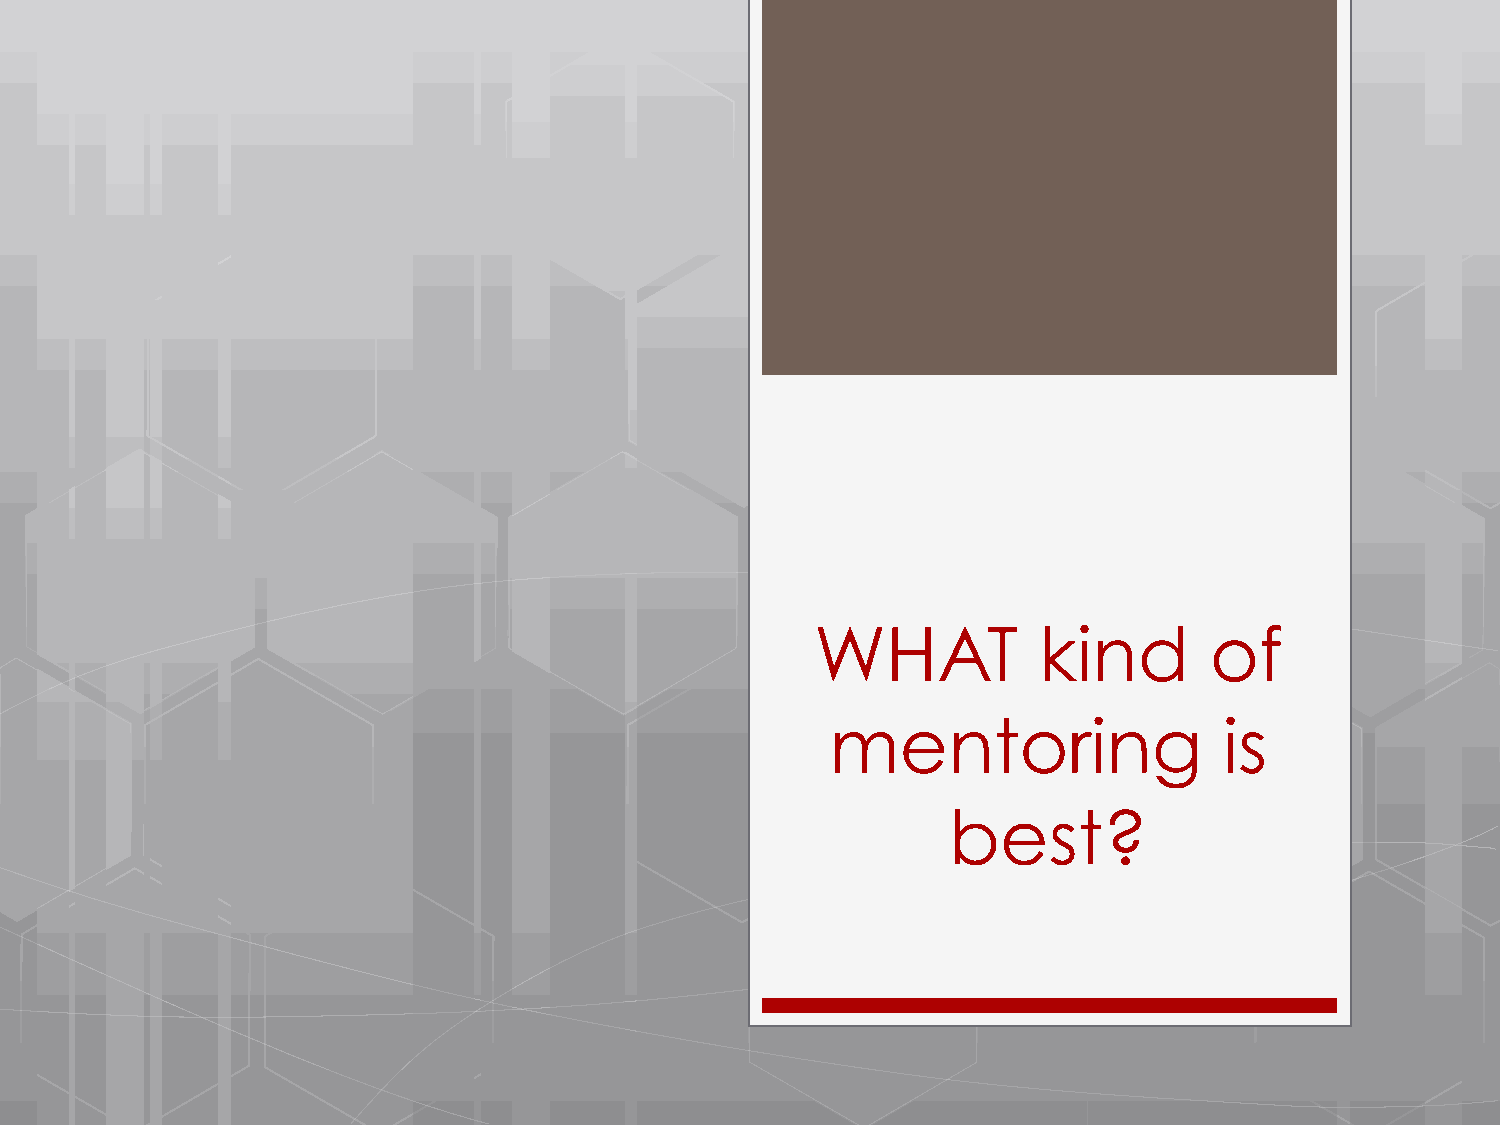
WHAT           kind       of
 mentoring                 is
 best?